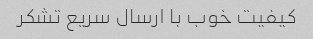
کیفیت خوب با ارسال سریع تشکر